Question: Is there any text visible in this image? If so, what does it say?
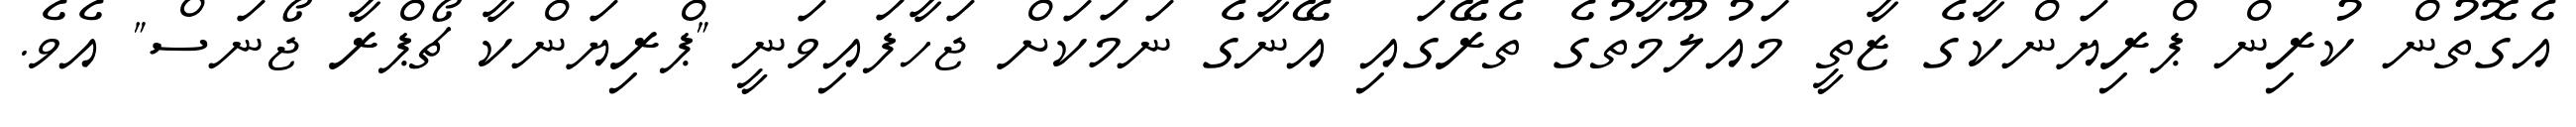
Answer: އެގޮތުން ކުރިން ޕްރިޔަންކާގެ ޒާތީ މައުލޫމާތުގެ ތެރޭގައި އޭނާގެ ނަމަކަށް ޖަހާފައިވަނީ "ޕްރިޔަންކާ ޗޯޕްރާ ޖޯނަސް" އެވެ.